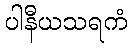
ပါနီယသရကံ